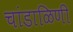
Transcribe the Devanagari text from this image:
चांडाळिणी